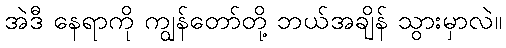
အဲဒီ နေရာကို ကျွန်တော်တို့ ဘယ်အချိန် သွားမှာလဲ။